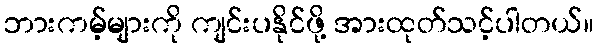
ဘားကမ့်များကို ကျင်းပနိုင်ဖို့ အားထုတ်သင့်ပါတယ်။